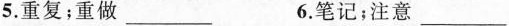
5.重复；重做___ 6.笔记；注意___